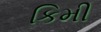
કિમી